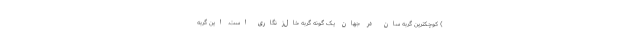
) کوچکترین گربه سان در جهان یک گونه گربه خال‌زنگاری است. این گربه